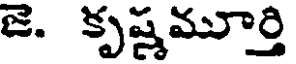
జె. కృష్ణమూర్తి